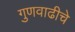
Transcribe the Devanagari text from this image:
गुणवाढीचे